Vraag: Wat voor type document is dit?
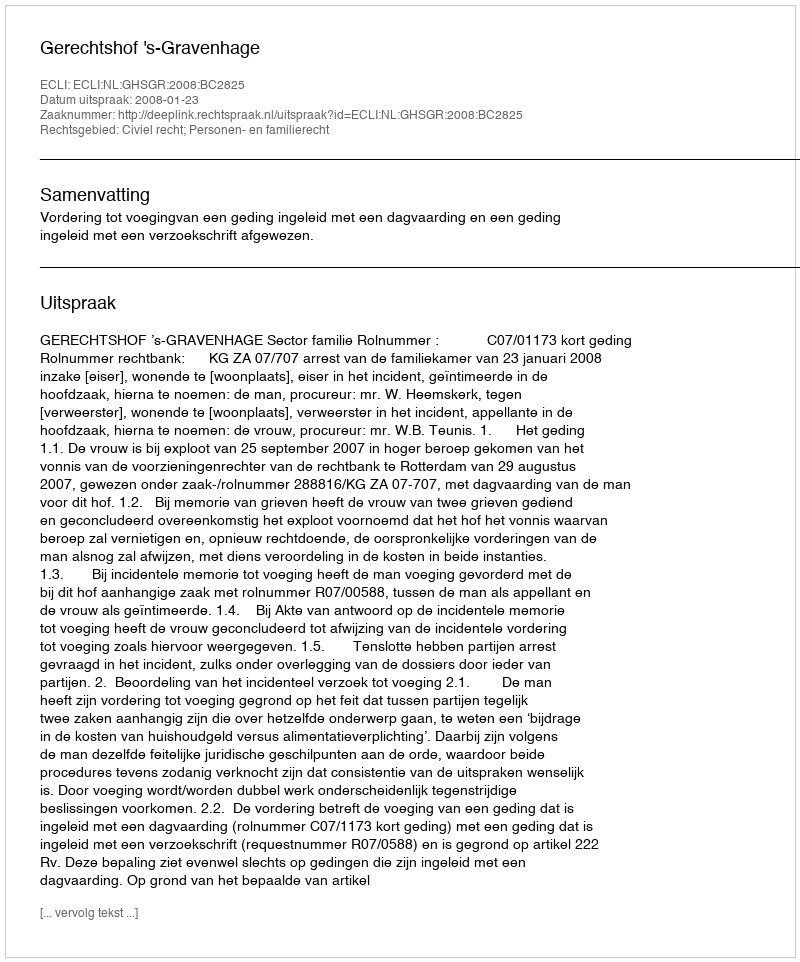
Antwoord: Uitspraak